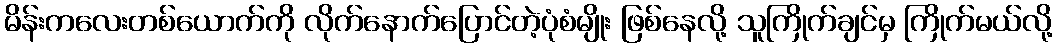
မိန်းကလေးတစ်ယောက်ကို လိုက်နောက်ပြောင်တဲ့ပုံစံမျိုး ဖြစ်နေလို့ သူကြိုက်ချင်မှ ကြိုက်မယ်လို့